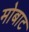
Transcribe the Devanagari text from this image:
मोबाट